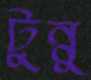
টুন্নু